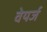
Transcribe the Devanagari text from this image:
वेयर्ज